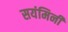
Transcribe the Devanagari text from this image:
सयंमिनी